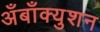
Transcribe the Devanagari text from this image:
अँबाँक्युशन